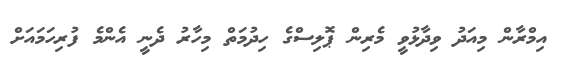
އިމްރާން މިއަދު ވިދާޅުވީ މެރިން ޕޮލިސްގެ ހިދުމަތް މިހާރު ދެނީ އެންމެ ފުރިހަމައަށް